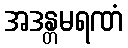
အဒန္တမရဏံ